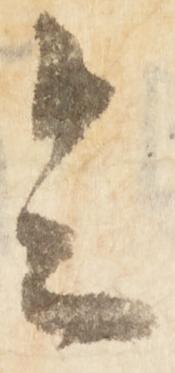
令